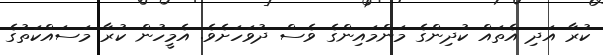
ކުރާ އަދި އެތައް ކުދިންގެ މަންމައިންގެ ވެސް ދުވަހަށެވެ. އެމީހުން ކުރާ މަސައްކަތުގެ